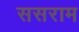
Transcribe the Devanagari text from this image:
ससराम